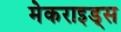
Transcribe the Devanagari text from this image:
मेकराइड्स